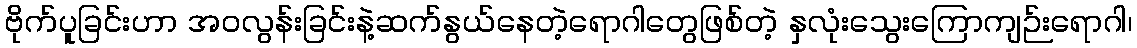
ဗိုက်ပူခြင်းဟာ အဝလွန်းခြင်းနဲ့ဆက်နွယ်နေတဲ့ရောဂါတွေဖြစ်တဲ့ နှလုံးသွေးကြောကျဉ်းရောဂါ၊